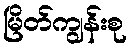
မြိတ်ကျွန်းစု